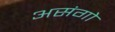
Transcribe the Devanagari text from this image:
असंगो